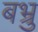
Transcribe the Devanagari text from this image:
बभ्रु